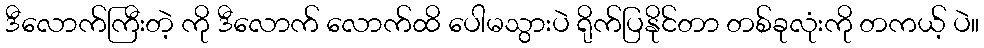
ဒီလောက်ကြီးတဲ့ ကို ဒီလောက် လောက်ထိ ပေါမသွားပဲ ရိုက်ပြနိုင်တာ တစ်ခုလုံးကို တကယ့် ပဲ။